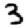
Digit: 3